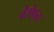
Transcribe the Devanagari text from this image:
वेशेषतः